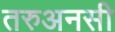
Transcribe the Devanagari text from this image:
तरुअनसी